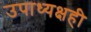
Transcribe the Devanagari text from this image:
उपाध्यक्षही